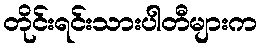
တိုင်းရင်းသားပါတီများက